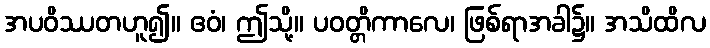
အပဝိဿတဟူ၍။ ဧဝံ၊ ဤသို့။ ပဝတ္တိကာလေ၊ ဖြစ်ရာအခါ၌။ အသိထိလ